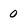
Character: 0